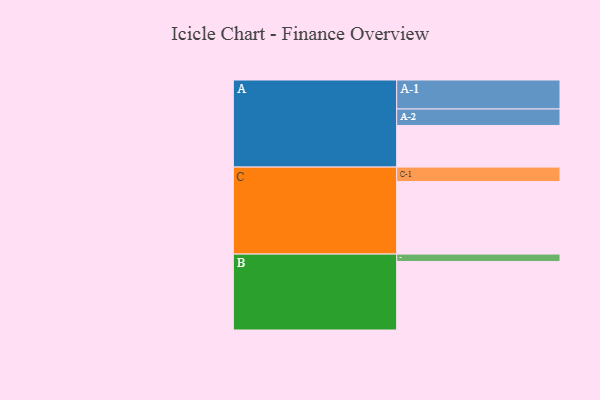
{"axis": {"x": "Segment", "y": "Value"}, "legend": ["", "A", "B", "C"], "data": [{"x": "A", "y": 339, "type": ""}, {"x": "B", "y": 558, "type": ""}, {"x": "C", "y": 590, "type": ""}, {"x": "A-1", "y": 236, "type": "A"}, {"x": "A-2", "y": 134, "type": "A"}, {"x": "B-1", "y": 60, "type": "B"}, {"x": "C-1", "y": 118, "type": "C"}]}